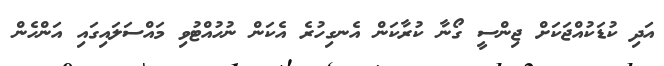
އަދި ކުޑަކުއްޖަކަށް ޖިންސީ ގޯނާ ކުރާކަން އެނގިހުރެ އެކަން ނުހުއްޓުވި މައްސަލައިގައި އަންހެން